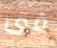
فى